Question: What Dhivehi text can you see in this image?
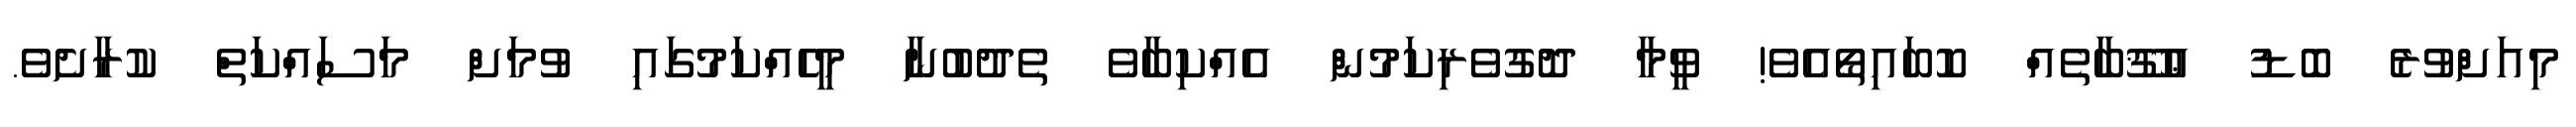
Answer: މިއަށްވުރެ ބޮޑު ޢުޤޫބާތެއް ކޮބައިތޯއެވެ! ވީމާ ދޮގުވެރިކަމުން އެއްކިބާވެ ތެދުބުނާ މީހެއްކަމުގައި ވުމަށް މަސައްކަތް ކުރާށެވެ.